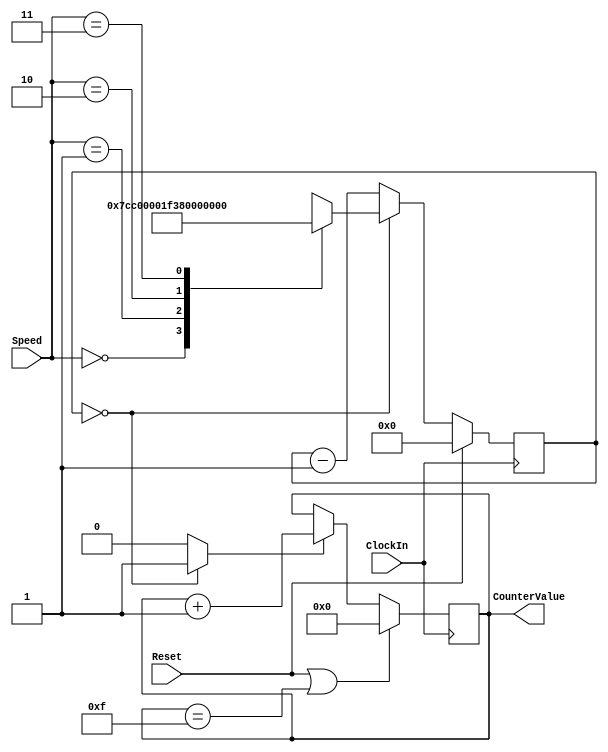
module part2(ClockIn, Reset, Speed, CounterValue);
input ClockIn, Reset;
input [1:0] Speed;
output reg [3:0] CounterValue;
wire EnableDC;
reg [30:0] RateDivider;
parameter [30:0] fpga = 50_000_000, auto = 500, test = 5;

    assign EnableDC = (RateDivider == 31'b0)?1:0;

    always @(posedge ClockIn) begin
    //RateDivider
	if (Reset)
		RateDivider <= 0;
	else if (RateDivider == 0) begin
		case (Speed)
			2'b00: RateDivider <= 0;
			2'b01: RateDivider <= auto - 1;
			2'b10: RateDivider <= 2 * auto - 1;
			2'b11: RateDivider <= 4 * auto - 1;
			default: RateDivider <= 0;
		endcase
	end
	else
		RateDivider <= RateDivider - 1;

    //DisplayCounter
	if(Reset || CounterValue == 4'b1111)
		CounterValue <= 0;
	else if(EnableDC)
		CounterValue <= CounterValue + 1;
    end

endmodule